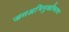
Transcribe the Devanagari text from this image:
जनअभिमुखीकरण